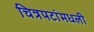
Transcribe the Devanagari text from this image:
चित्रपटांमधली